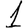
Digit: 1